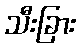
သီးခြား